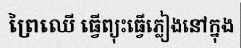
ព្រៃឈើ ធ្វើព្យុះធ្វើភ្លៀងនៅក្នុង